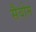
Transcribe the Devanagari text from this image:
सैवोम